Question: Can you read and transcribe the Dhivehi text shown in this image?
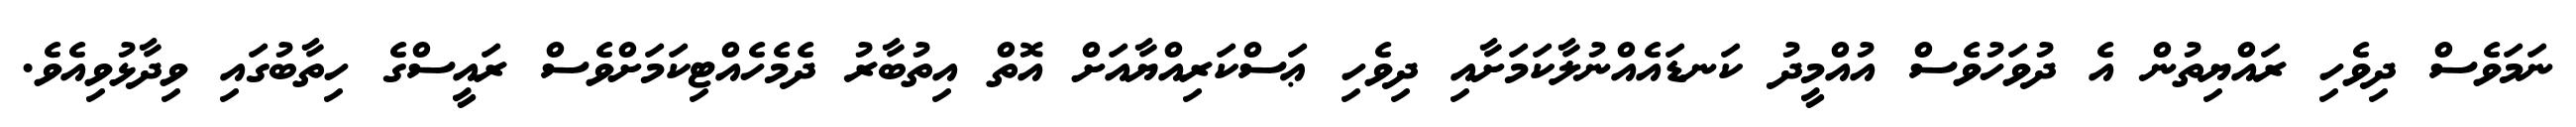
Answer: ނަމަވެސް ދިވެހި ރައްޔިތުން އެ ދުވަހުވެސް އުއްމީދު ކަނޑައެއްނުލާކަމަށާއި ދިވެހި ޢަސްކަރިއްޔާއަށް އޮތް އިތުބާރު ދެމެހެއްޓިކަމަށްވެސް ރައީސްގެ ހިތާބުގައި ވިދާޅުވިއެވެ.